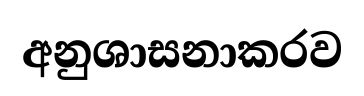
අනුශාසනාකරව